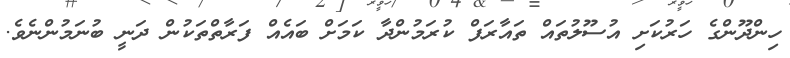
ހިންދޫންގެ ހަރުކަށި އުސޫލުތައް ތައާރަފް ކުރަމުންދާ ކަމަށް ބައެއް ފަރާތްތަކުން ދަނީ ބުނަމުންނެވެ.